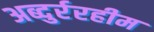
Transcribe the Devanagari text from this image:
अब्दुर्ररहीम